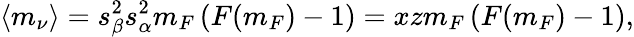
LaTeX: \langle m_{\nu}\rangle=s_{\beta}^{2}s_{\alpha}^{2}m_{F}\left(F(m_{F})-1\right)=xzm_{F}\left(F(m_{F})-1\right),